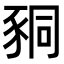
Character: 𧱁